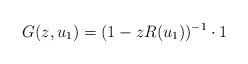
LaTeX: \begin{align*}G(z,u_1)=(1-z R(u_1))^{-1}\cdot 1\end{align*}